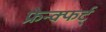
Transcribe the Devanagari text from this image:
फ्रेन्क्फर्ट्